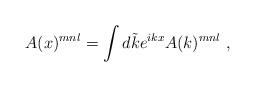
LaTeX: \begin{align*}A(x)^{mnl}=\int d\tilde{k}e^{ikx}A(k)^{mnl} \ ,\end{align*}